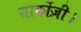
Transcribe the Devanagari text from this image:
सार्कोज़ी।